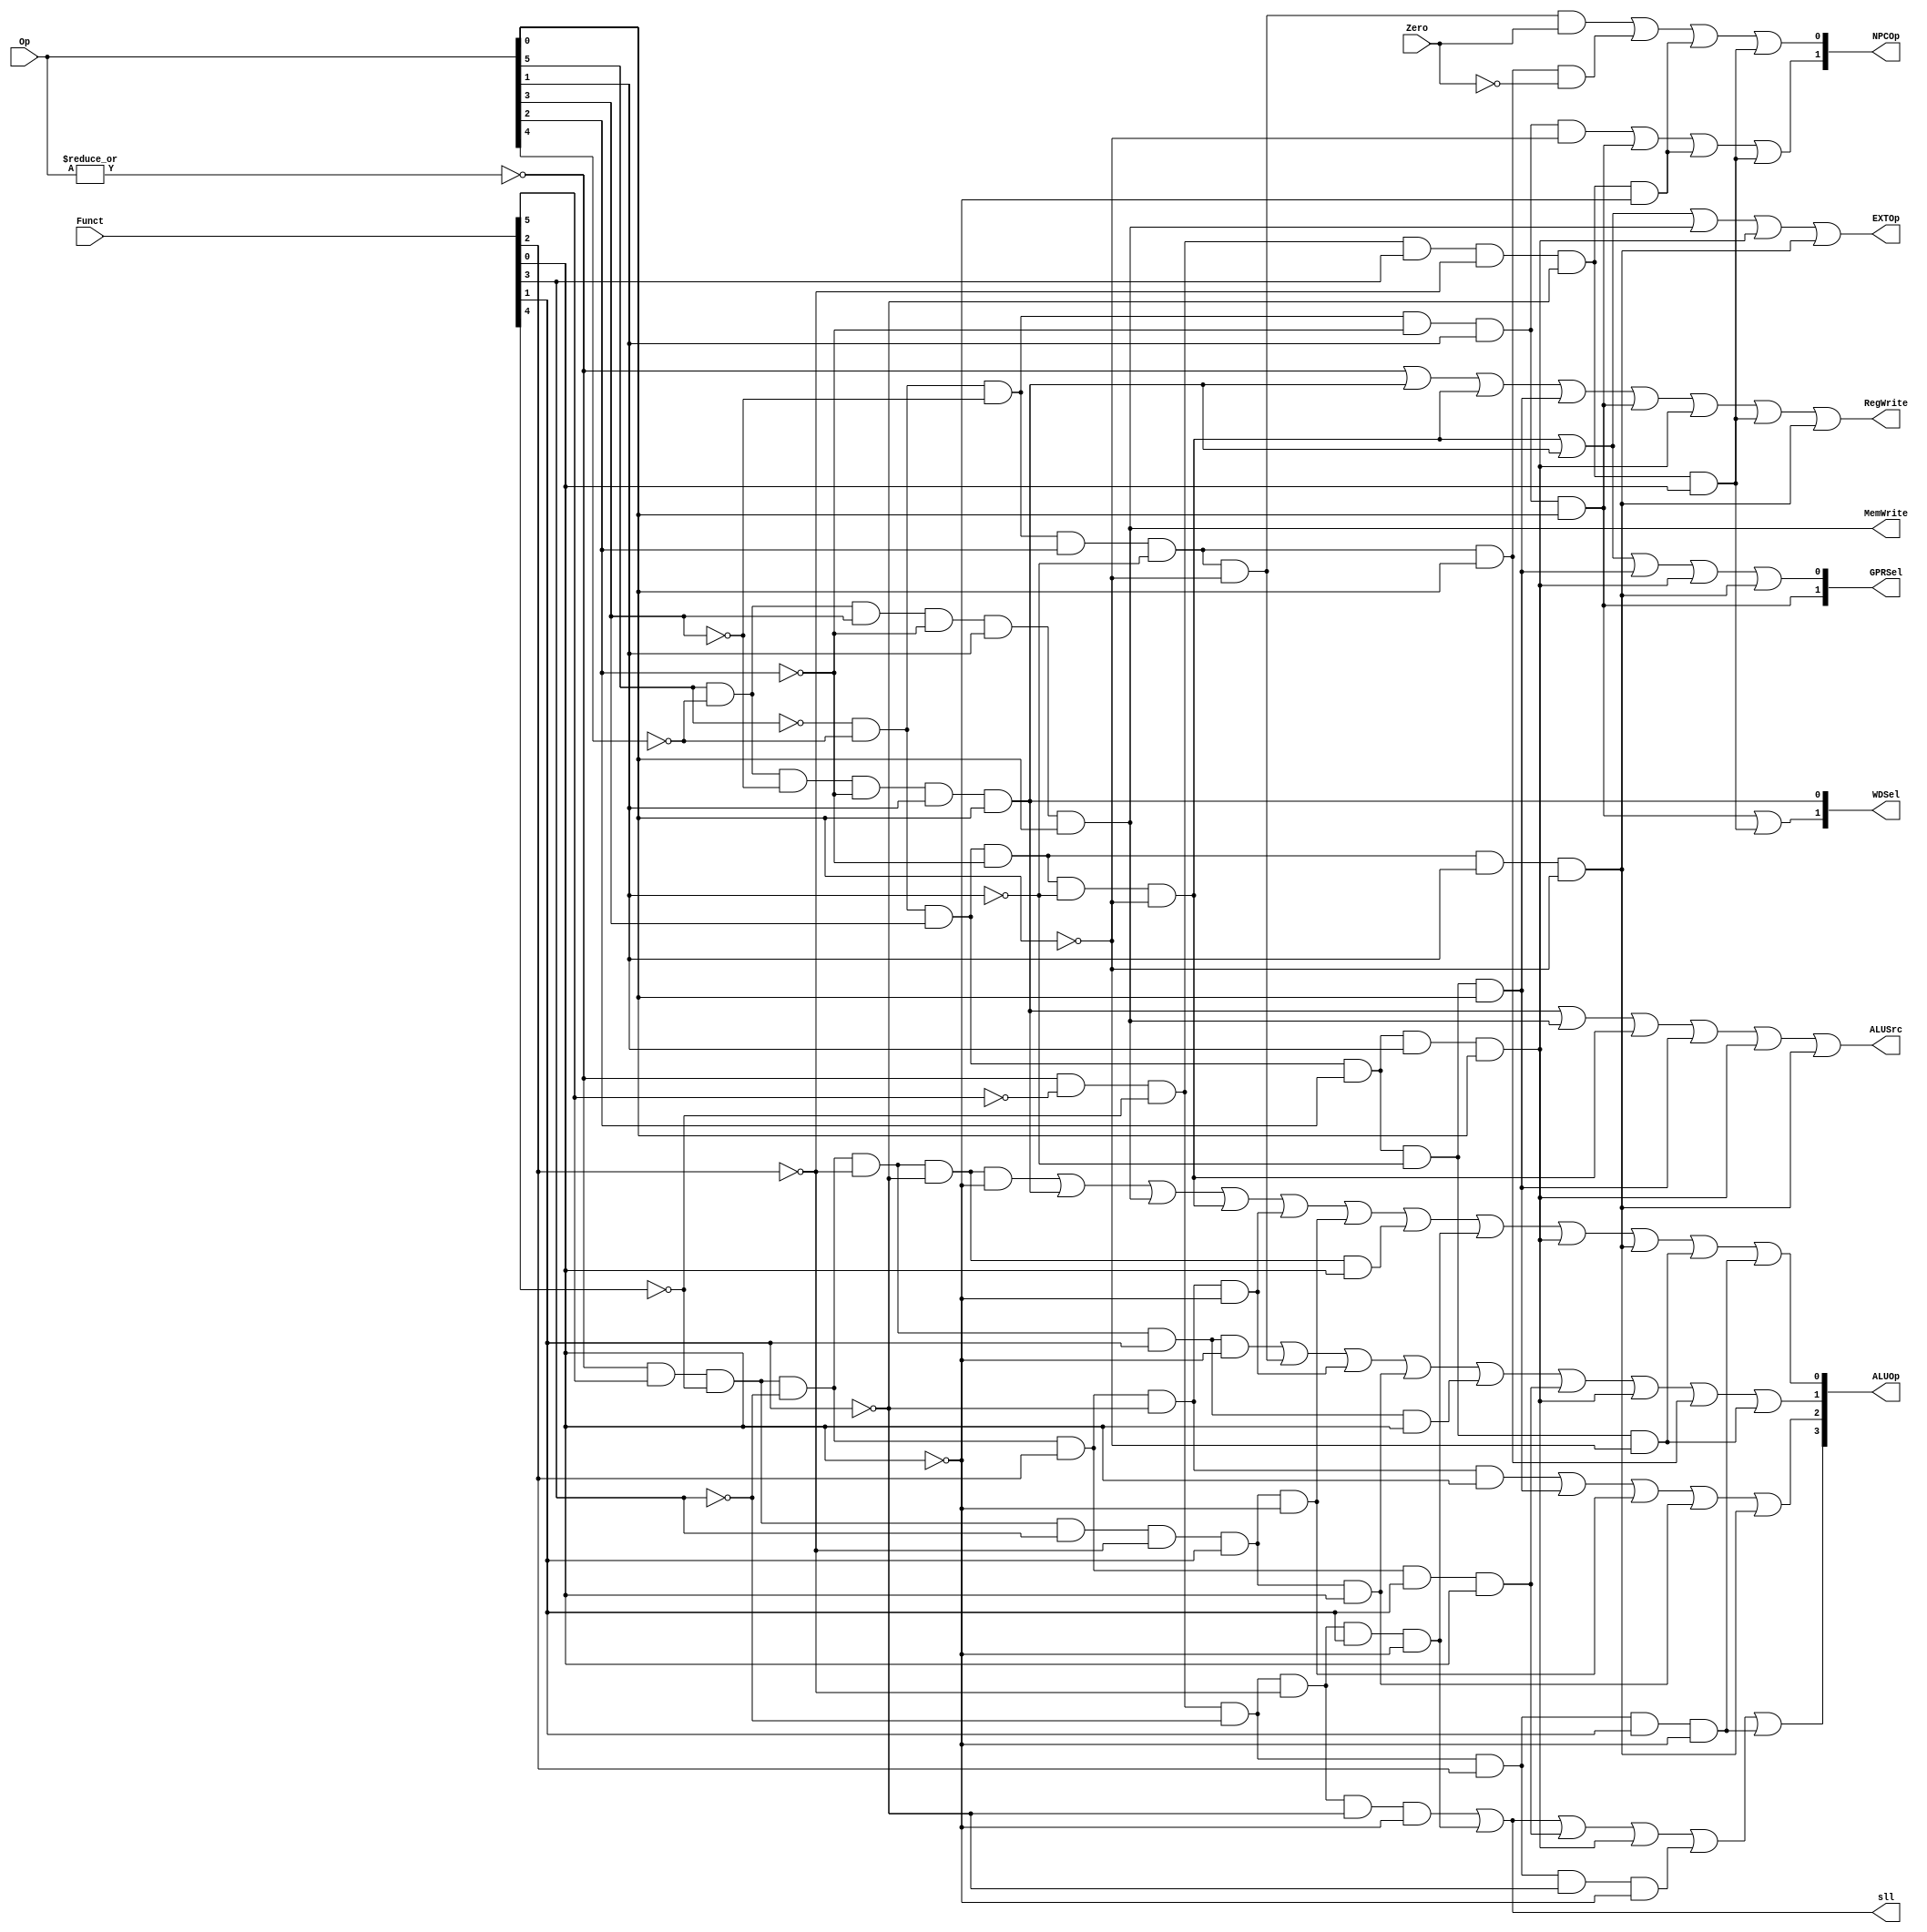
// `include "ctrl_encode_def.v"


module ctrl(Op, Funct, Zero, 
            RegWrite, MemWrite,
            EXTOp, ALUOp, NPCOp, 
            ALUSrc, GPRSel, WDSel,sll
            );
            
   input  [5:0] Op;       // opcode
   input  [5:0] Funct;    // funct
   input        Zero;
   
   output       RegWrite; // control signal for register write
   output       MemWrite; // control signal for memory write
   output       EXTOp;    // control signal to signed extension
   output [3:0] ALUOp;    // ALU opertion
   output [1:0] NPCOp;    // next pc operation
   output       ALUSrc;   // ALU source for A
   output       sll;
   output [1:0] GPRSel;   // general purpose register selection
   output [1:0] WDSel;    // (register) write data selection
   
  // r format
   wire rtype  = ~|Op;
   wire i_add  = rtype& Funct[5]&~Funct[4]&~Funct[3]&~Funct[2]&~Funct[1]&~Funct[0]; // add
   wire i_sub  = rtype& Funct[5]&~Funct[4]&~Funct[3]&~Funct[2]& Funct[1]&~Funct[0]; // sub
   wire i_and  = rtype& Funct[5]&~Funct[4]&~Funct[3]& Funct[2]&~Funct[1]&~Funct[0]; // and
   wire i_or   = rtype& Funct[5]&~Funct[4]&~Funct[3]& Funct[2]&~Funct[1]& Funct[0]; // or
   wire i_slt  = rtype& Funct[5]&~Funct[4]& Funct[3]&~Funct[2]& Funct[1]&~Funct[0]; // slt
   wire i_sltu = rtype& Funct[5]&~Funct[4]& Funct[3]&~Funct[2]& Funct[1]& Funct[0]; // sltu
   wire i_addu = rtype& Funct[5]&~Funct[4]&~Funct[3]&~Funct[2]&~Funct[1]& Funct[0]; // addu
   wire i_subu = rtype& Funct[5]&~Funct[4]&~Funct[3]&~Funct[2]& Funct[1]& Funct[0]; // subu
   wire i_sll  = rtype&~Funct[5]&~Funct[4]&~Funct[3]&~Funct[2]&~Funct[1]&~Funct[0];
   wire i_srl  = rtype&~Funct[5]&~Funct[4]&~Funct[3]&~Funct[2]& Funct[1]&~Funct[0];
   wire i_nor  = rtype& Funct[5]&~Funct[4]&~Funct[3]& Funct[2]& Funct[1]& Funct[0];
   wire i_sllv = rtype&~Funct[5]&~Funct[4]&~Funct[3]& Funct[2]&~Funct[1]&~Funct[0];
   wire i_srlv = rtype&~Funct[5]&~Funct[4]&~Funct[3]& Funct[2]& Funct[1]&~Funct[0];
   wire i_jr   = rtype&~Funct[5]&~Funct[4]& Funct[3]&~Funct[2]&~Funct[1]&~Funct[0];
   wire i_jalr = rtype&~Funct[5]&~Funct[4]& Funct[3]&~Funct[2]&~Funct[1]& Funct[0];
  // i format
   wire i_addi = ~Op[5]&~Op[4]& Op[3]&~Op[2]&~Op[1]&~Op[0]; // addi
   wire i_ori  = ~Op[5]&~Op[4]& Op[3]& Op[2]&~Op[1]& Op[0]; // ori
   wire i_lw   =  Op[5]&~Op[4]&~Op[3]&~Op[2]& Op[1]& Op[0]; // lw
   wire i_sw   =  Op[5]&~Op[4]& Op[3]&~Op[2]& Op[1]& Op[0]; // sw
   wire i_beq  = ~Op[5]&~Op[4]&~Op[3]& Op[2]&~Op[1]&~Op[0]; // beq
   wire i_lui  = ~Op[5]&~Op[4]& Op[3]& Op[2]& Op[1]& Op[0];
   wire i_slti = ~Op[5]&~Op[4]& Op[3]&~Op[2]& Op[1]&~Op[0];
   wire i_bne  = ~Op[5]&~Op[4]&~Op[3]& Op[2]&~Op[1]& Op[0];
   wire i_andi = ~Op[5]&~Op[4]& Op[3]& Op[2]&~Op[1]&~Op[0];
  // j format
   wire i_j    = ~Op[5]&~Op[4]&~Op[3]&~Op[2]& Op[1]&~Op[0];  // j
   wire i_jal  = ~Op[5]&~Op[4]&~Op[3]&~Op[2]& Op[1]& Op[0];  // jal
  // generate control signals
  assign RegWrite   = rtype | i_lw | i_addi | i_ori | i_jal | i_lui | i_jalr | i_slti; // register write
  
  assign MemWrite   = i_sw;                           // memory write
  assign ALUSrc     = i_lw | i_sw | i_addi | i_ori | i_lui | i_slti;   // ALU B is from instruction immediate
  assign EXTOp      = i_addi | i_lw | i_sw | i_lui | i_slti;           // signed extension
  assign sll        = i_sll | i_srl;
  // GPRSel_RD   2'b00
  // GPRSel_RT   2'b01
  // GPRSel_31   2'b10
  assign GPRSel[0] = i_lw | i_addi | i_ori | i_lui | i_slti;
  assign GPRSel[1] = i_jal;
  
  // WDSel_FromALU 2'b00
  // WDSel_FromMEM 2'b01
  // WDSel_FromPC  2'b10 
  assign WDSel[0] = i_lw;
  assign WDSel[1] = i_jal | i_jalr;

  // NPC_PLUS4   2'b00
  // NPC_BRANCH  2'b01
  // NPC_JUMP    2'b10
  assign NPCOp[0] = i_beq & Zero | i_bne &~Zero | i_jr | i_jalr;
  assign NPCOp[1] = i_j | i_jal | i_jr | i_jalr;
  
  // ALU_NOP   3'b000
  // ALU_ADD   3'b001
  // ALU_SUB   3'b010
  // ALU_AND   3'b011
  // ALU_OR    3'b100
  // ALU_SLT   3'b101
  // ALU_SLTU  3'b110
  assign ALUOp[0] = i_add | i_lw | i_sw | i_addi | i_and | i_slt | i_addu | i_srl | i_lui | i_slti | i_andi | i_srlv;
  assign ALUOp[1] = i_sub | i_beq | i_and | i_sltu | i_subu | i_nor | i_lui | i_bne | i_andi;
  assign ALUOp[2] = i_or | i_ori | i_slt | i_sltu | i_slti;
  assign ALUOp[3] = i_sll | i_srl | i_nor | i_lui | i_sllv | i_srlv;
endmodule